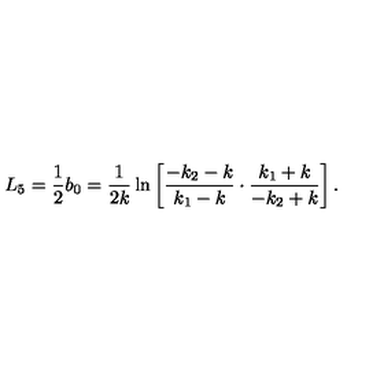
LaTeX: L _ { 5 } = \frac { 1 } { 2 } b _ { 0 } = \frac { 1 } { 2 k } \ln \left[ \frac { - k _ { 2 } - k } { k _ { 1 } - k } \cdot \frac { k _ { 1 } + k } { - k _ { 2 } + k } \right] .